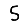
Digit: 5